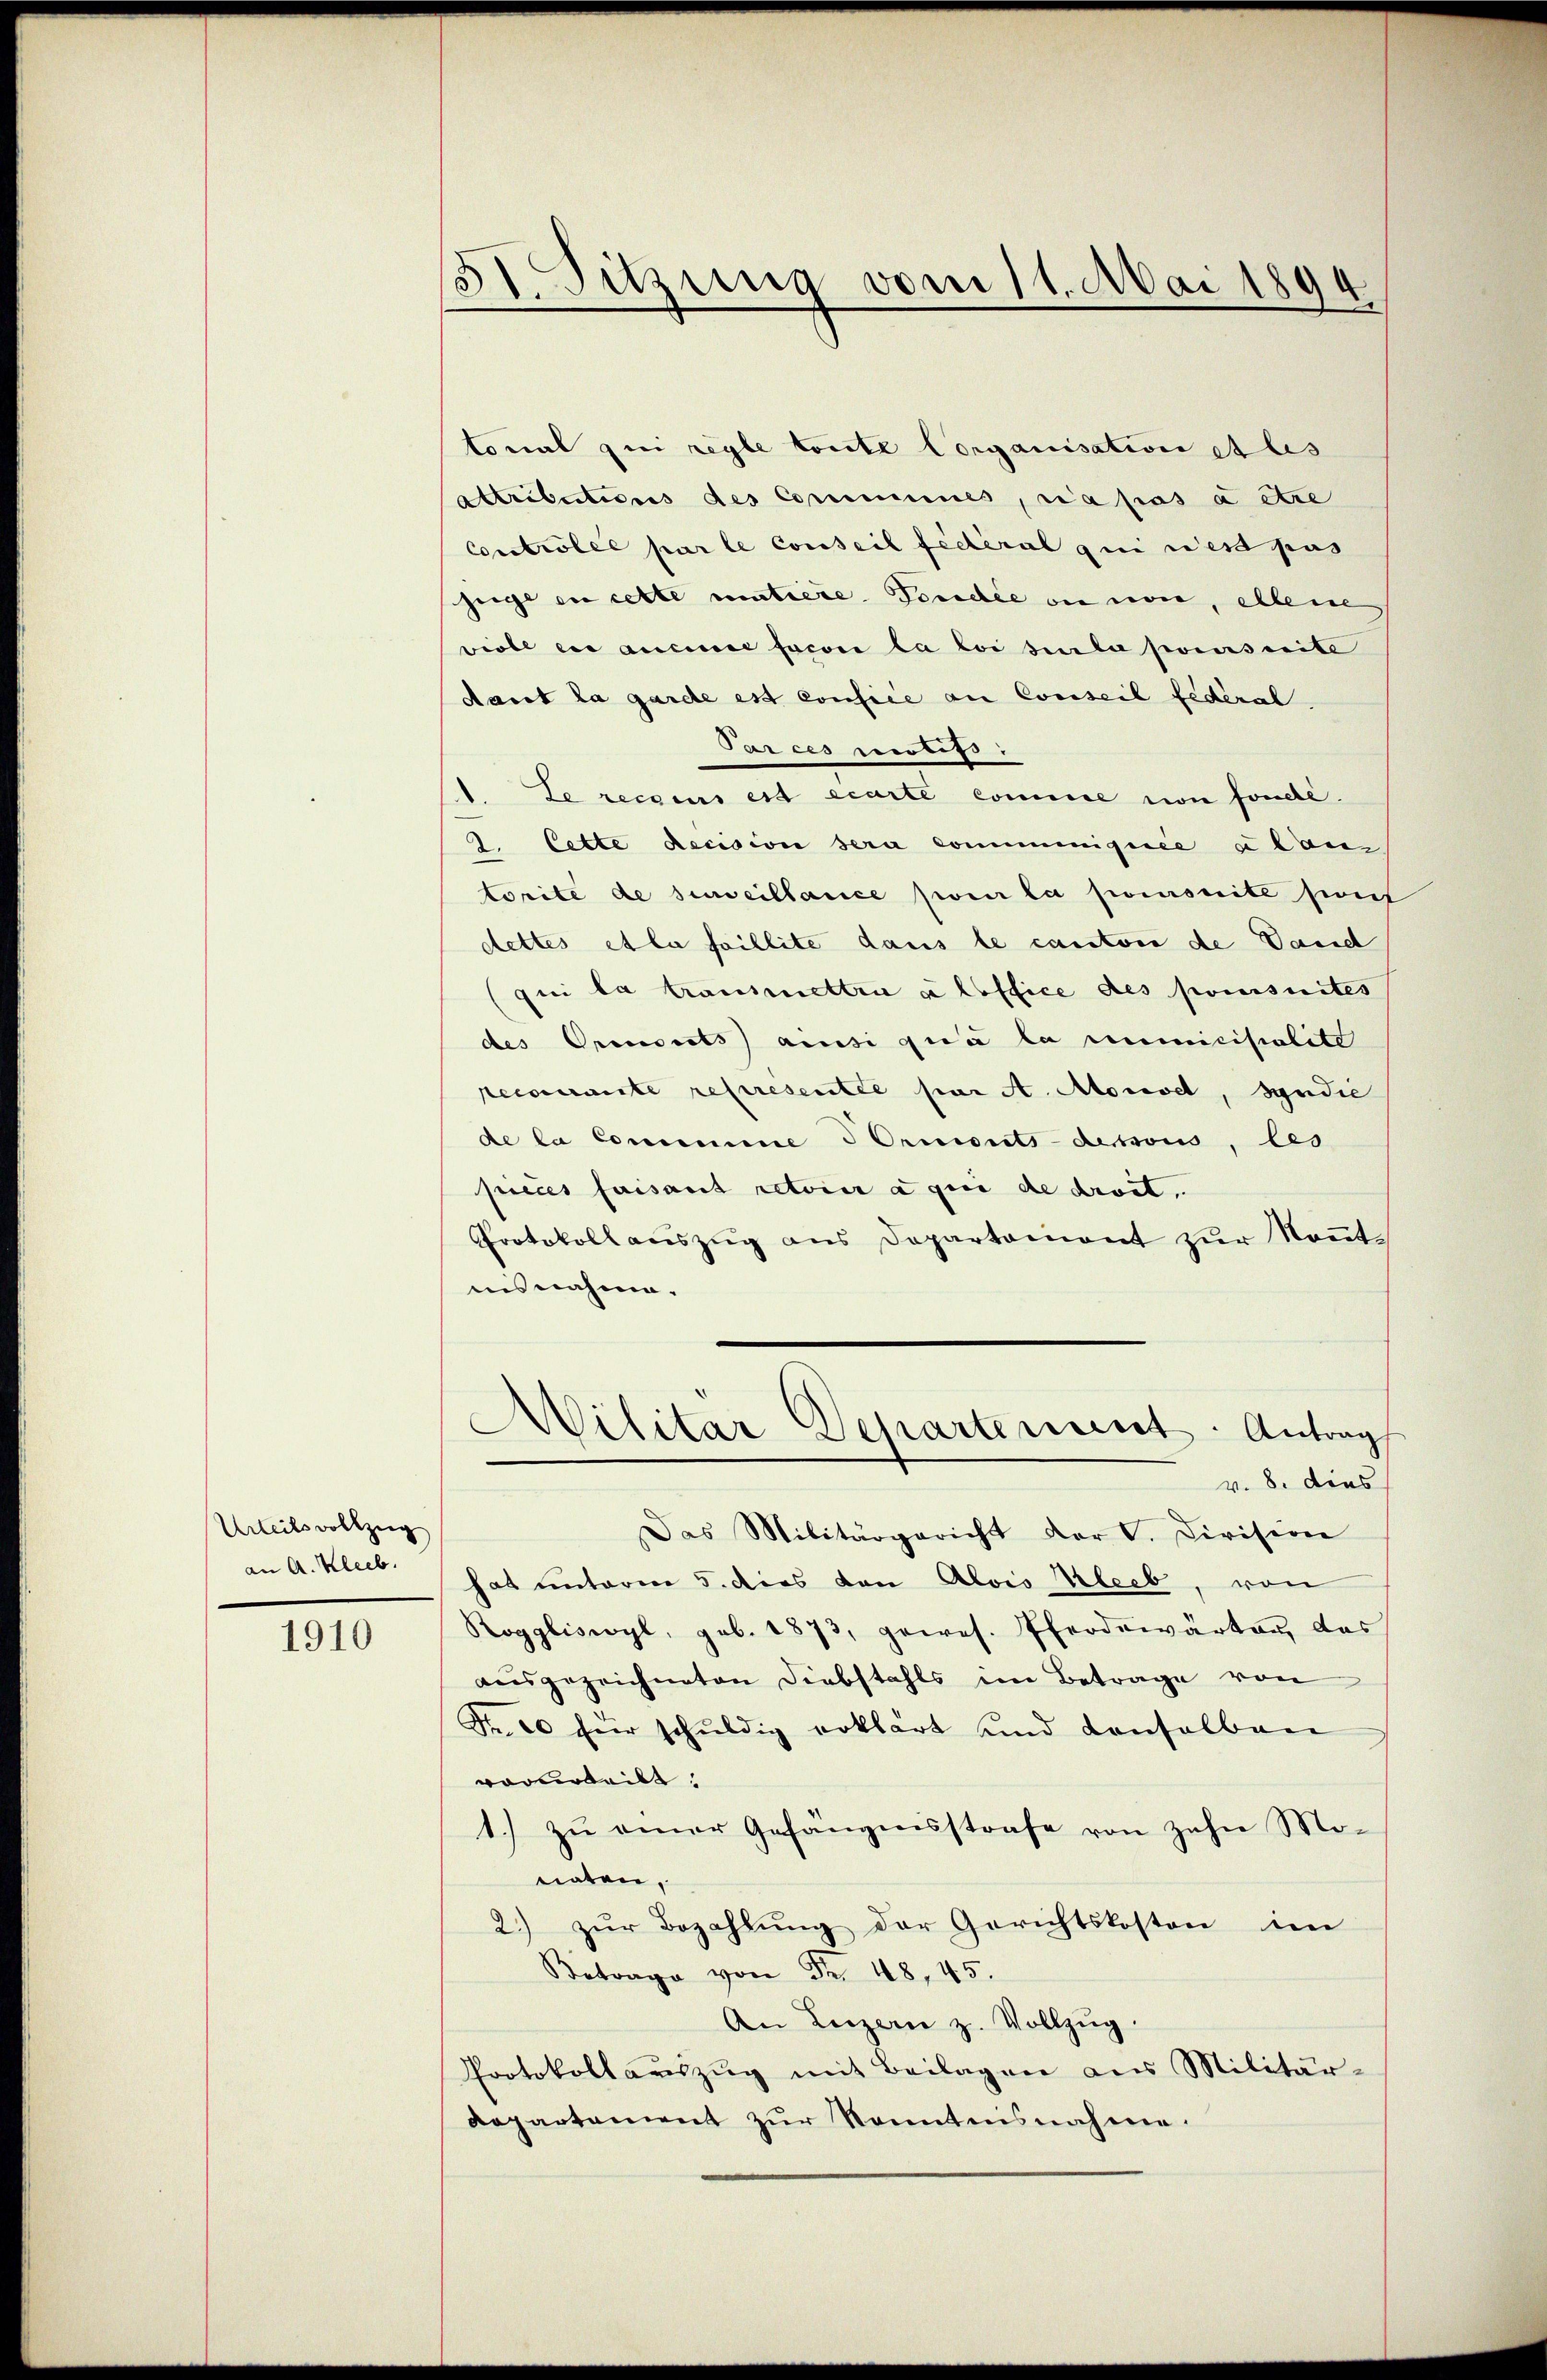
Urteilsvollzug
an A. Kleeb.

1910

31. Sitzung vom 11. Mai 1894

tonal zu regle toute Corganisation et les
Attributions des Commines, sia pas à etce
Controlle par le conseil fédéral qui est pas
zeige de cette mutiere Fondée ou non, alleine
viebe es aucune facon la loi sur la presseite
dant la garde est consile an Conseil fédéral.
Parces notifs.
1. Le recours est écarte comme von fondé.
2. Cette decision sera communiquée a lang
torité de surveillance pour la pomonité soit
dettes et la faillite dans le canton de Vaud
qui la transmettra a loffice des poursuites
des Oranits) ansi qui la mimiciscalite
ecourante representée par A. Morel, Syndie
de la Commine Ormonts-dessoi, les
pieces faisant retoir à qui de droit,
Protokoll auszug aus Departainant zur Kenntnisnahme.
Militar Departement: Antrag
v. 8. dies
Das Militärgericht der V. Division
hat unterm 5. dies von Alois Kleeb, von
Roggliswyl, geb. 1873, gewes. Pferdewärter, das
ausgezeichneten Diebstahls im Betrage von
Fr. 20 für schŭldig erklärt und Consolban
vorurteilt,
1.) zu einer Gefängnisstrafe von zehn Monaten.
2.) zur Bezahlung der Gerichtskosten in
Betrage von Fr. 48, 45.
An Luzern z. Vollzŭg.
Protokollaŭszŭg mit Beilagen aus Militär-
departement zŭr Kenntnisnahme